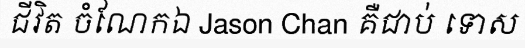
ជីវិត ចំណែកឯ Jason Chan គឺជាប់ ទោស